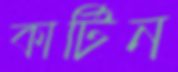
কার্টিন